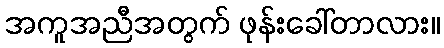
အကူအညီအတွက် ဖုန်းခေါ်တာလား။